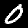
Label: 0